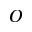
O